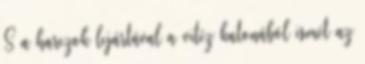
S a harczok lejártával a vitéz katonából ismét az